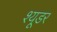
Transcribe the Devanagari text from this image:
श्यूडर